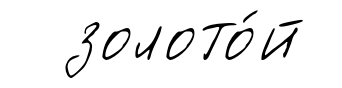
золото́й